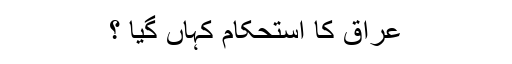
عراق کا استحکام کہاں گیا ؟